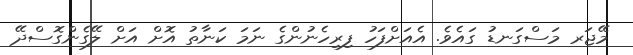
މޭޖަރ މަސްގަނޑު ގައެވެ. އެއަށްފަހު ފިރިހެނުންގެ ނަމަ ކަނާތު އޮށް އަށް ލޭގެންގޮސްދޭ